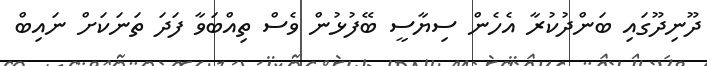
ދޫނިދޫގައި ބަންދުކުރާ އެހެން ސިޔާސީ ބޭފުޅުން ވެސް ތިއްބަވާ ފަދަ ތަނަކަށް ނައިބް